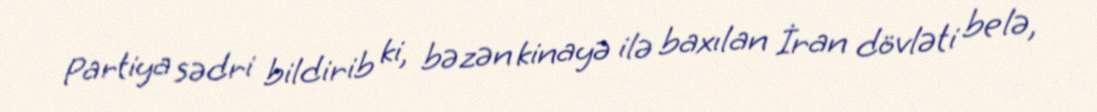
Partiya sədri bildirib ki, bəzən kinayə ilə baxılan İran dövləti belə,